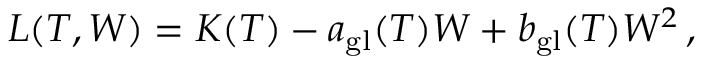
L ( T , W ) = K ( T ) - a _ { \mathrm { g l } } ( T ) W + b _ { \mathrm { g l } } ( T ) W ^ { 2 } \, ,